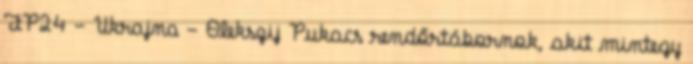
FP24 - Ukrajna - Olekszij Pukacs rendőrtábornok, akit mintegy